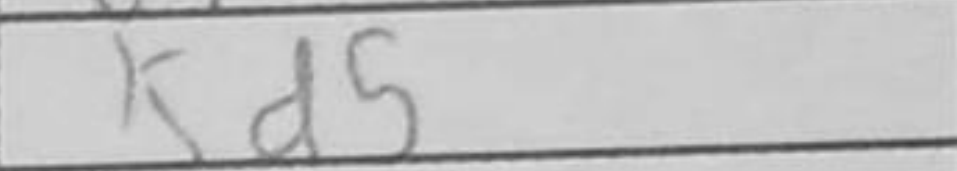
Transcription: Qg6+